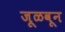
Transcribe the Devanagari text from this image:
जूळवून